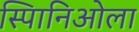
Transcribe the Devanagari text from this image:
स्पािनिओला